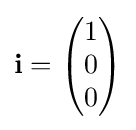
\mathbf {i} ={\begin{pmatrix}1\\0\\0\end{pmatrix}}